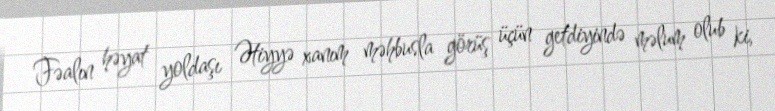
Fəalın həyat yoldaşı Ətiyyə xanım məhbusla görüş üçün getdiyində məlum olub ki,